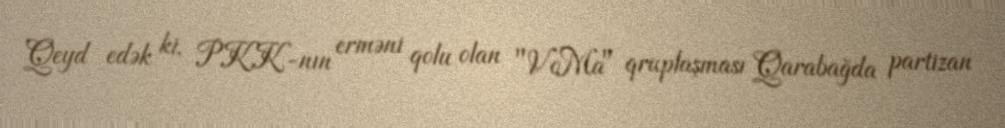
Qeyd edək ki, PKK-nın erməni qolu olan "VoMa" qruplaşması Qarabağda partizan